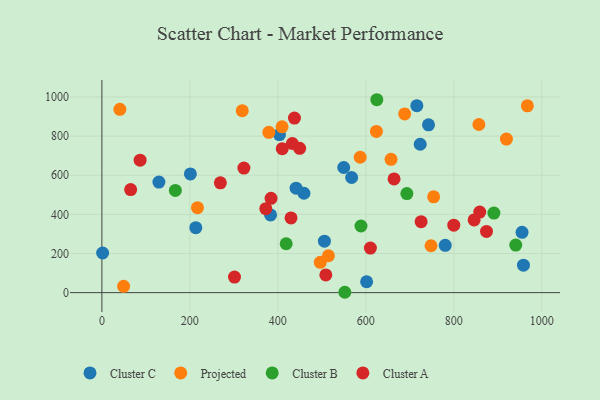
{"axis": {"x": "Study Hours", "y": "Rating"}, "legend": ["Cluster A", "Cluster B", "Cluster C", "Projected"], "data": [{"x": "505.8", "y": 263.0, "type": "Cluster C"}, {"x": "213.5", "y": 332.1, "type": "Cluster C"}, {"x": "459.3", "y": 507.9, "type": "Cluster C"}, {"x": "1.7", "y": 202.6, "type": "Cluster C"}, {"x": "201.1", "y": 606.8, "type": "Cluster C"}, {"x": "742.4", "y": 857.5, "type": "Cluster C"}, {"x": "780.4", "y": 242.0, "type": "Cluster C"}, {"x": "441.4", "y": 533.9, "type": "Cluster C"}, {"x": "723.5", "y": 758.4, "type": "Cluster C"}, {"x": "549.7", "y": 639.4, "type": "Cluster C"}, {"x": "129.6", "y": 565.0, "type": "Cluster C"}, {"x": "601.7", "y": 55.7, "type": "Cluster C"}, {"x": "955.0", "y": 308.1, "type": "Cluster C"}, {"x": "383.4", "y": 397.2, "type": "Cluster C"}, {"x": "958.2", "y": 140.3, "type": "Cluster C"}, {"x": "715.9", "y": 955.5, "type": "Cluster C"}, {"x": "403.6", "y": 808.0, "type": "Cluster C"}, {"x": "567.7", "y": 588.4, "type": "Cluster C"}, {"x": "409.5", "y": 847.6, "type": "Projected"}, {"x": "919.5", "y": 784.8, "type": "Projected"}, {"x": "514.9", "y": 188.5, "type": "Projected"}, {"x": "754.0", "y": 489.6, "type": "Projected"}, {"x": "688.2", "y": 913.4, "type": "Projected"}, {"x": "49.4", "y": 32.1, "type": "Projected"}, {"x": "496.4", "y": 154.9, "type": "Projected"}, {"x": "967.1", "y": 954.5, "type": "Projected"}, {"x": "856.9", "y": 859.4, "type": "Projected"}, {"x": "587.1", "y": 691.8, "type": "Projected"}, {"x": "624.0", "y": 824.1, "type": "Projected"}, {"x": "379.5", "y": 819.3, "type": "Projected"}, {"x": "657.2", "y": 681.4, "type": "Projected"}, {"x": "217.3", "y": 434.1, "type": "Projected"}, {"x": "319.0", "y": 929.7, "type": "Projected"}, {"x": "748.1", "y": 239.6, "type": "Projected"}, {"x": "40.9", "y": 936.6, "type": "Projected"}, {"x": "552.2", "y": 1.8, "type": "Cluster B"}, {"x": "588.9", "y": 340.6, "type": "Cluster B"}, {"x": "418.9", "y": 249.9, "type": "Cluster B"}, {"x": "624.9", "y": 985.9, "type": "Cluster B"}, {"x": "693.2", "y": 506.1, "type": "Cluster B"}, {"x": "891.0", "y": 406.4, "type": "Cluster B"}, {"x": "167.0", "y": 522.2, "type": "Cluster B"}, {"x": "940.7", "y": 243.0, "type": "Cluster B"}, {"x": "610.3", "y": 227.7, "type": "Cluster A"}, {"x": "874.2", "y": 312.7, "type": "Cluster A"}, {"x": "509.0", "y": 90.7, "type": "Cluster A"}, {"x": "372.6", "y": 429.1, "type": "Cluster A"}, {"x": "322.8", "y": 636.4, "type": "Cluster A"}, {"x": "858.8", "y": 411.7, "type": "Cluster A"}, {"x": "449.5", "y": 737.6, "type": "Cluster A"}, {"x": "846.1", "y": 371.6, "type": "Cluster A"}, {"x": "410.0", "y": 735.5, "type": "Cluster A"}, {"x": "799.8", "y": 344.5, "type": "Cluster A"}, {"x": "384.5", "y": 482.2, "type": "Cluster A"}, {"x": "65.4", "y": 526.7, "type": "Cluster A"}, {"x": "432.9", "y": 762.2, "type": "Cluster A"}, {"x": "725.6", "y": 362.7, "type": "Cluster A"}, {"x": "86.9", "y": 677.2, "type": "Cluster A"}, {"x": "437.7", "y": 892.1, "type": "Cluster A"}, {"x": "301.4", "y": 79.3, "type": "Cluster A"}, {"x": "429.9", "y": 382.0, "type": "Cluster A"}, {"x": "664.1", "y": 581.2, "type": "Cluster A"}, {"x": "269.3", "y": 561.2, "type": "Cluster A"}]}